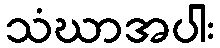
သံဃာအပါး